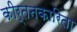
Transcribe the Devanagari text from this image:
कीर्तनकारिता